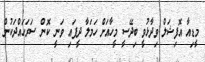
މީޑިއާ އޮފިޝަލް ވިދާޅުވީ ބިދޭސީ މީހާއަށް ހަމަލާ ދީފައި ވަނީ ކޮން ސަރަހައްދަކުން